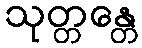
သုတ္တန္တေ